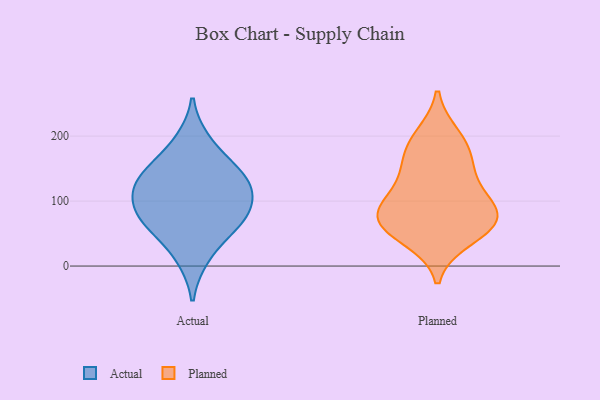
{"axis": {"x": "Bounce Rate (%)", "y": "Value"}, "legend": ["Actual", "Planned"], "data": [{"x": "", "y": 122, "type": "Actual"}, {"x": "", "y": 153, "type": "Actual"}, {"x": "", "y": 63, "type": "Actual"}, {"x": "", "y": 130, "type": "Actual"}, {"x": "", "y": 13, "type": "Actual"}, {"x": "", "y": 100, "type": "Actual"}, {"x": "", "y": 141, "type": "Actual"}, {"x": "", "y": 192, "type": "Actual"}, {"x": "", "y": 63, "type": "Actual"}, {"x": "", "y": 72, "type": "Actual"}, {"x": "", "y": 98, "type": "Actual"}, {"x": "", "y": 199, "type": "Planned"}, {"x": "", "y": 183, "type": "Planned"}, {"x": "", "y": 77, "type": "Planned"}, {"x": "", "y": 64, "type": "Planned"}, {"x": "", "y": 62, "type": "Planned"}, {"x": "", "y": 112, "type": "Planned"}, {"x": "", "y": 43, "type": "Planned"}, {"x": "", "y": 135, "type": "Planned"}, {"x": "", "y": 161, "type": "Planned"}, {"x": "", "y": 82, "type": "Planned"}, {"x": "", "y": 81, "type": "Planned"}]}